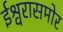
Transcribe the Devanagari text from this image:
ईश्वरासमोर